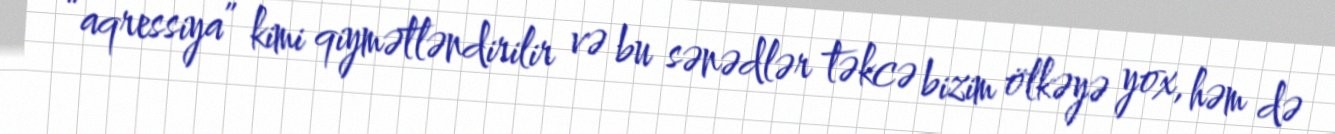
“aqressiya” kimi qiymətləndirilir və bu sənədlər təkcə bizim ölkəyə yox, həm də